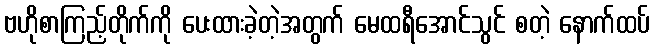
ဗဟိုစာကြည့်တိုက်ကို ပေးထားခဲ့တဲ့အတွက် မေထရီအောင်သွင် စတဲ့ နောက်ထပ်